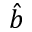
\hat { b }